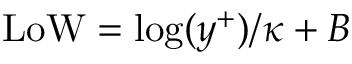
\mathrm { L o W } = \log ( y ^ { + } ) / \kappa + B